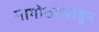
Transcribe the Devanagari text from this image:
नागोठण्याहून